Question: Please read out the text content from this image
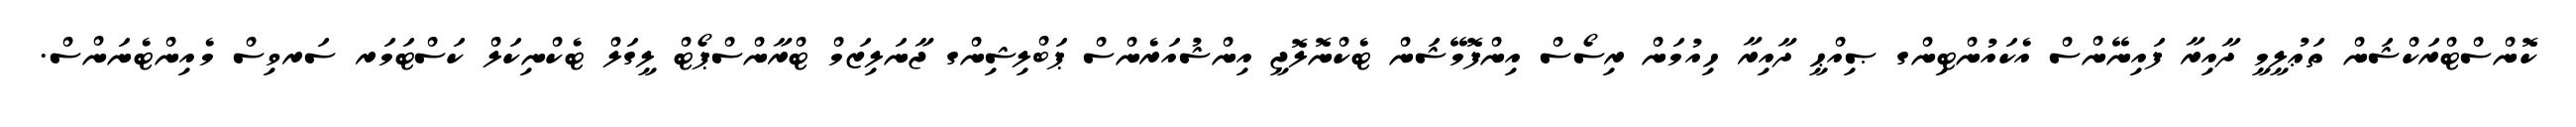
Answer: ކޮންސްޓްރަކްޝަން ތަޢުލީމީ ދާއިރާ ފައިނޭންސް އެކައުންޓިންގ ޞިއްޙީ ދާއިރާ ހިއުމަން ރިސޯސް އިންފޮމޭޝަން ޓެކްނޮލޮޖީ އިންޝުއަރެންސް ޕަބްލިޝިންގ ޖާނަލިޒަމް ޓްރާންސްޕޯޓް ލީގަލް ޓެކްނިކަލް ކަސްޓަމަރ ސަރވިސް މެއިންޓެނަންސް.